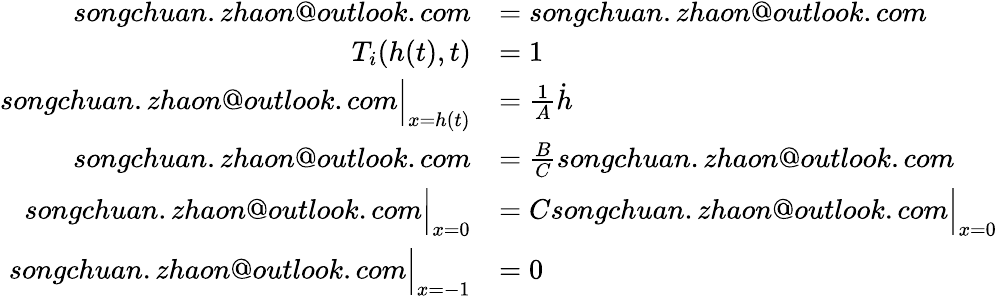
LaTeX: \begin{array}{rl}{songchuan.zhaon@outlook.com}&{=songchuan.zhaon@outlook.com}\\ {{T_{i}}({h}(t),t)}&{=1}\\ {songchuan.zhaon@outlook.com\Big\vert_{x=h(t)}}&{=\frac 1A\dot{h}}\\ {songchuan.zhaon@outlook.com}&{=\frac BCsongchuan.zhaon@outlook.com}\\ {songchuan.zhaon@outlook.com\Big\vert_{x=0}}&{=Csongchuan.zhaon@outlook.com\Big\vert_{x=0}}\\ {songchuan.zhaon@outlook.com\Big\vert_{x=-1}}&{=0}\end{array}